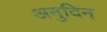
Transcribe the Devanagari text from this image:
अनुदिन